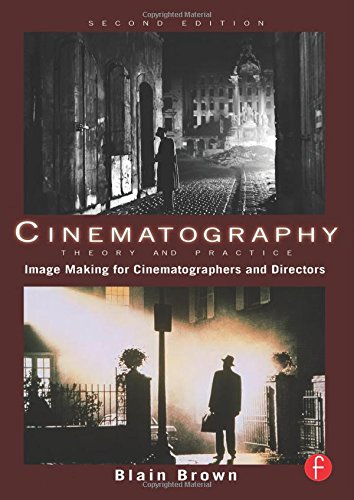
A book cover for Cinematography: Theory and Practice: Image Making for Cinematographers and Directors; Blain Brown; Humor & Entertainment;